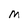
Character: M